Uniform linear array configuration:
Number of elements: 48
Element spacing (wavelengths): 1
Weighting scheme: binomial
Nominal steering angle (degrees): -60
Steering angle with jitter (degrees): -59.685
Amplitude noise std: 0.05
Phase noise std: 0.05

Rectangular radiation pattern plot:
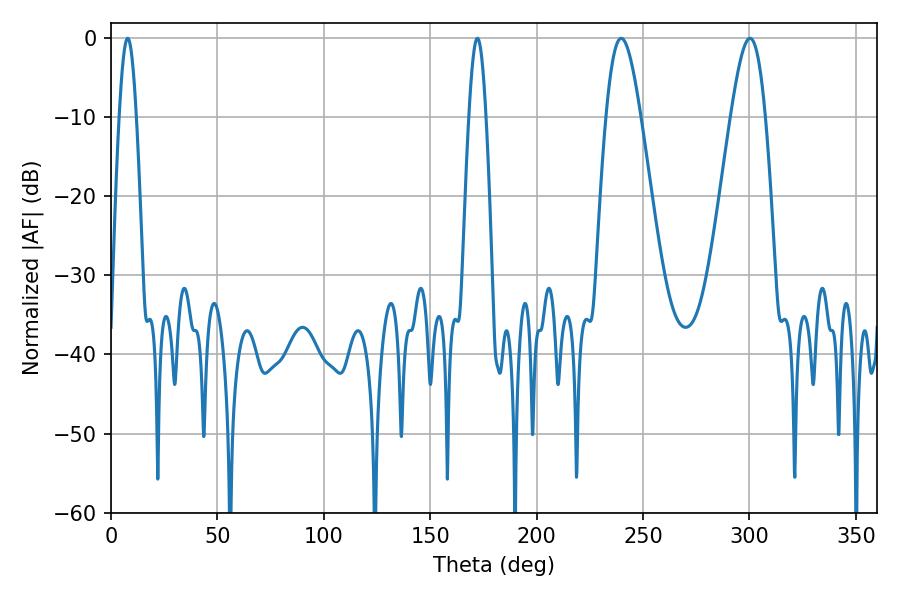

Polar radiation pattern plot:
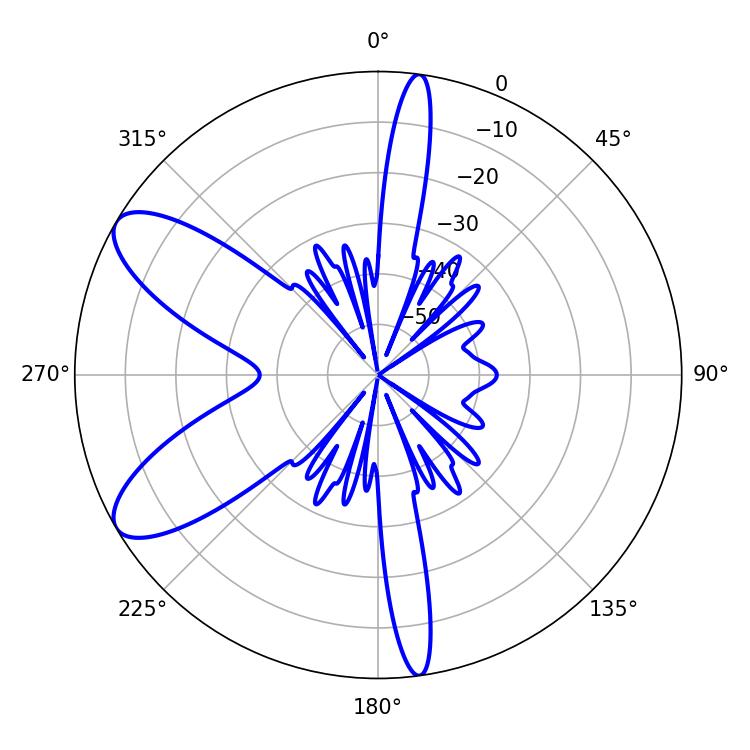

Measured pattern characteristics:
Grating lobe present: TRUE
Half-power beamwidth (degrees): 8.82
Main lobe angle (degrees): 239.76